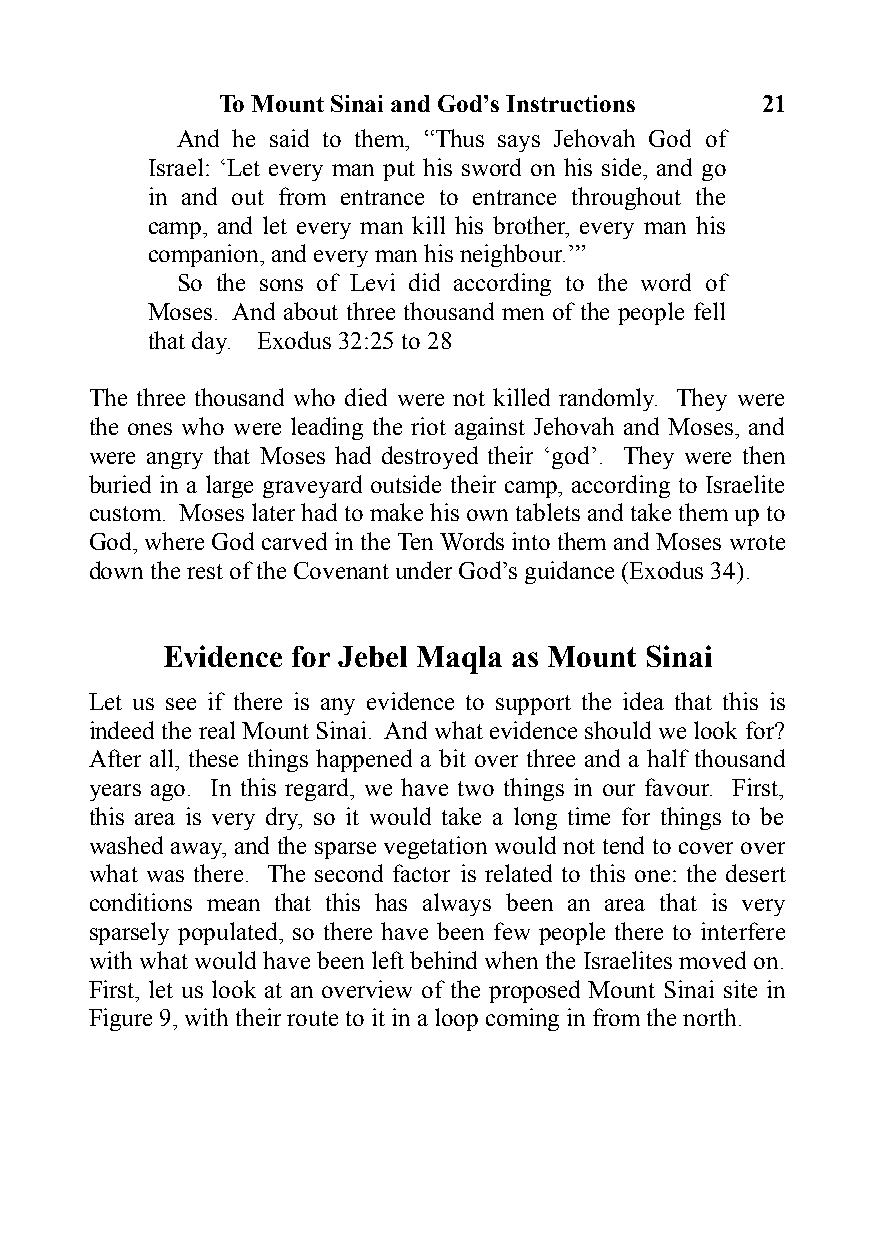
To Mount Sinai and God’s Instructions 21
 And he said to them, “Thus says Jehovah God of
 Israel: ‘Let every man put his sword on his side, and go
 in and out from entrance to entrance throughout the
 camp, and let every man kill his brother, every man his
 companion, and every man his neighbour.’”
 So the sons of Levi did according to the word of
 Moses. And about three thousand men of the people fell
 that day. Exodus 32:25 to 28
 The three thousand who died were not killed randomly. They were
 the ones who were leading the riot against Jehovah and Moses, and
 were angry that Moses had destroyed their ‘god’. They were then
 buried in a large graveyard outside their camp, according to Israelite
 custom. Moses later had to make his own tablets and take them up to
 God, where God carved in the Ten Words into them and Moses wrote
 down the rest of the Covenant under God’s guidance (Exodus 34).
 Evidence for Jebel Maqla as Mount Sinai
 Let us see if there is any evidence to support the idea that this is
 indeed the real Mount Sinai. And what evidence should we look for?
 After all, these things happened a bit over three and a half thousand
 years ago. In this regard, we have two things in our favour. First,
 this area is very dry, so it would take a long time for things to be
 washed away, and the sparse vegetation would not tend to cover over
 what was there. The second factor is related to this one: the desert
 conditions mean that this has always been an area that is very
 sparsely populated, so there have been few people there to interfere
 with what would have been left behind when the Israelites moved on.
 First, let us look at an overview of the proposed Mount Sinai site in
 Figure 9, with their route to it in a loop coming in from the north.